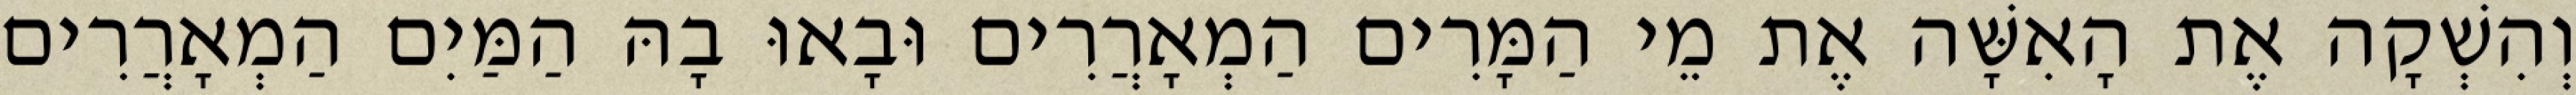
וְהִשְׁקָה אֶת הָאִשָּׁה אֶת מֵי הַמָּרִים הַמְאָרֲרִים וּבָאוּ בָהּ הַמַּיִם הַמְאָרֲרִים